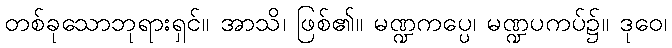
တစ်ခုသောဘုရားရှင်။ အာသိ၊ ဖြစ်၏။ မဏ္ဍကပ္ပေ၊ မဏ္ဍပကပ်၌။ ဒုဝေ၊